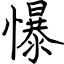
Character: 懪